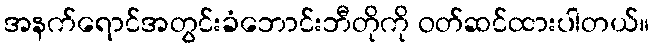
အနက်ရောင်အတွင်းခံဘောင်းဘီတိုကို ဝတ်ဆင်ထားပါတယ်။